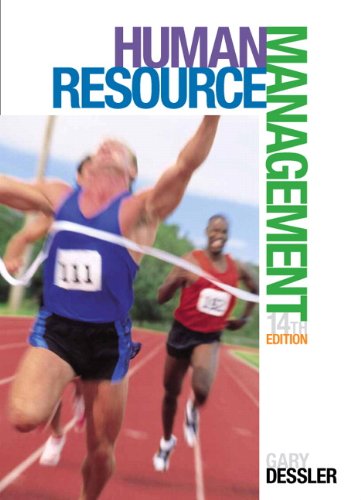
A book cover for Human Resource Management (14th Edition); Gary Dessler; Business & Money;